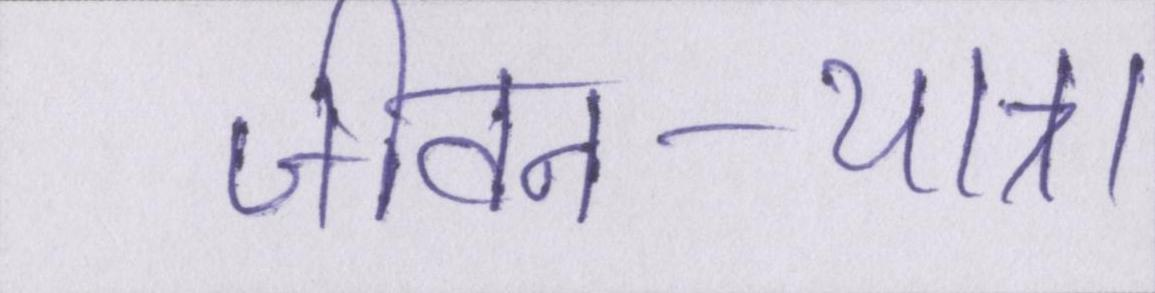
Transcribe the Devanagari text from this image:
जीवन-यात्रा